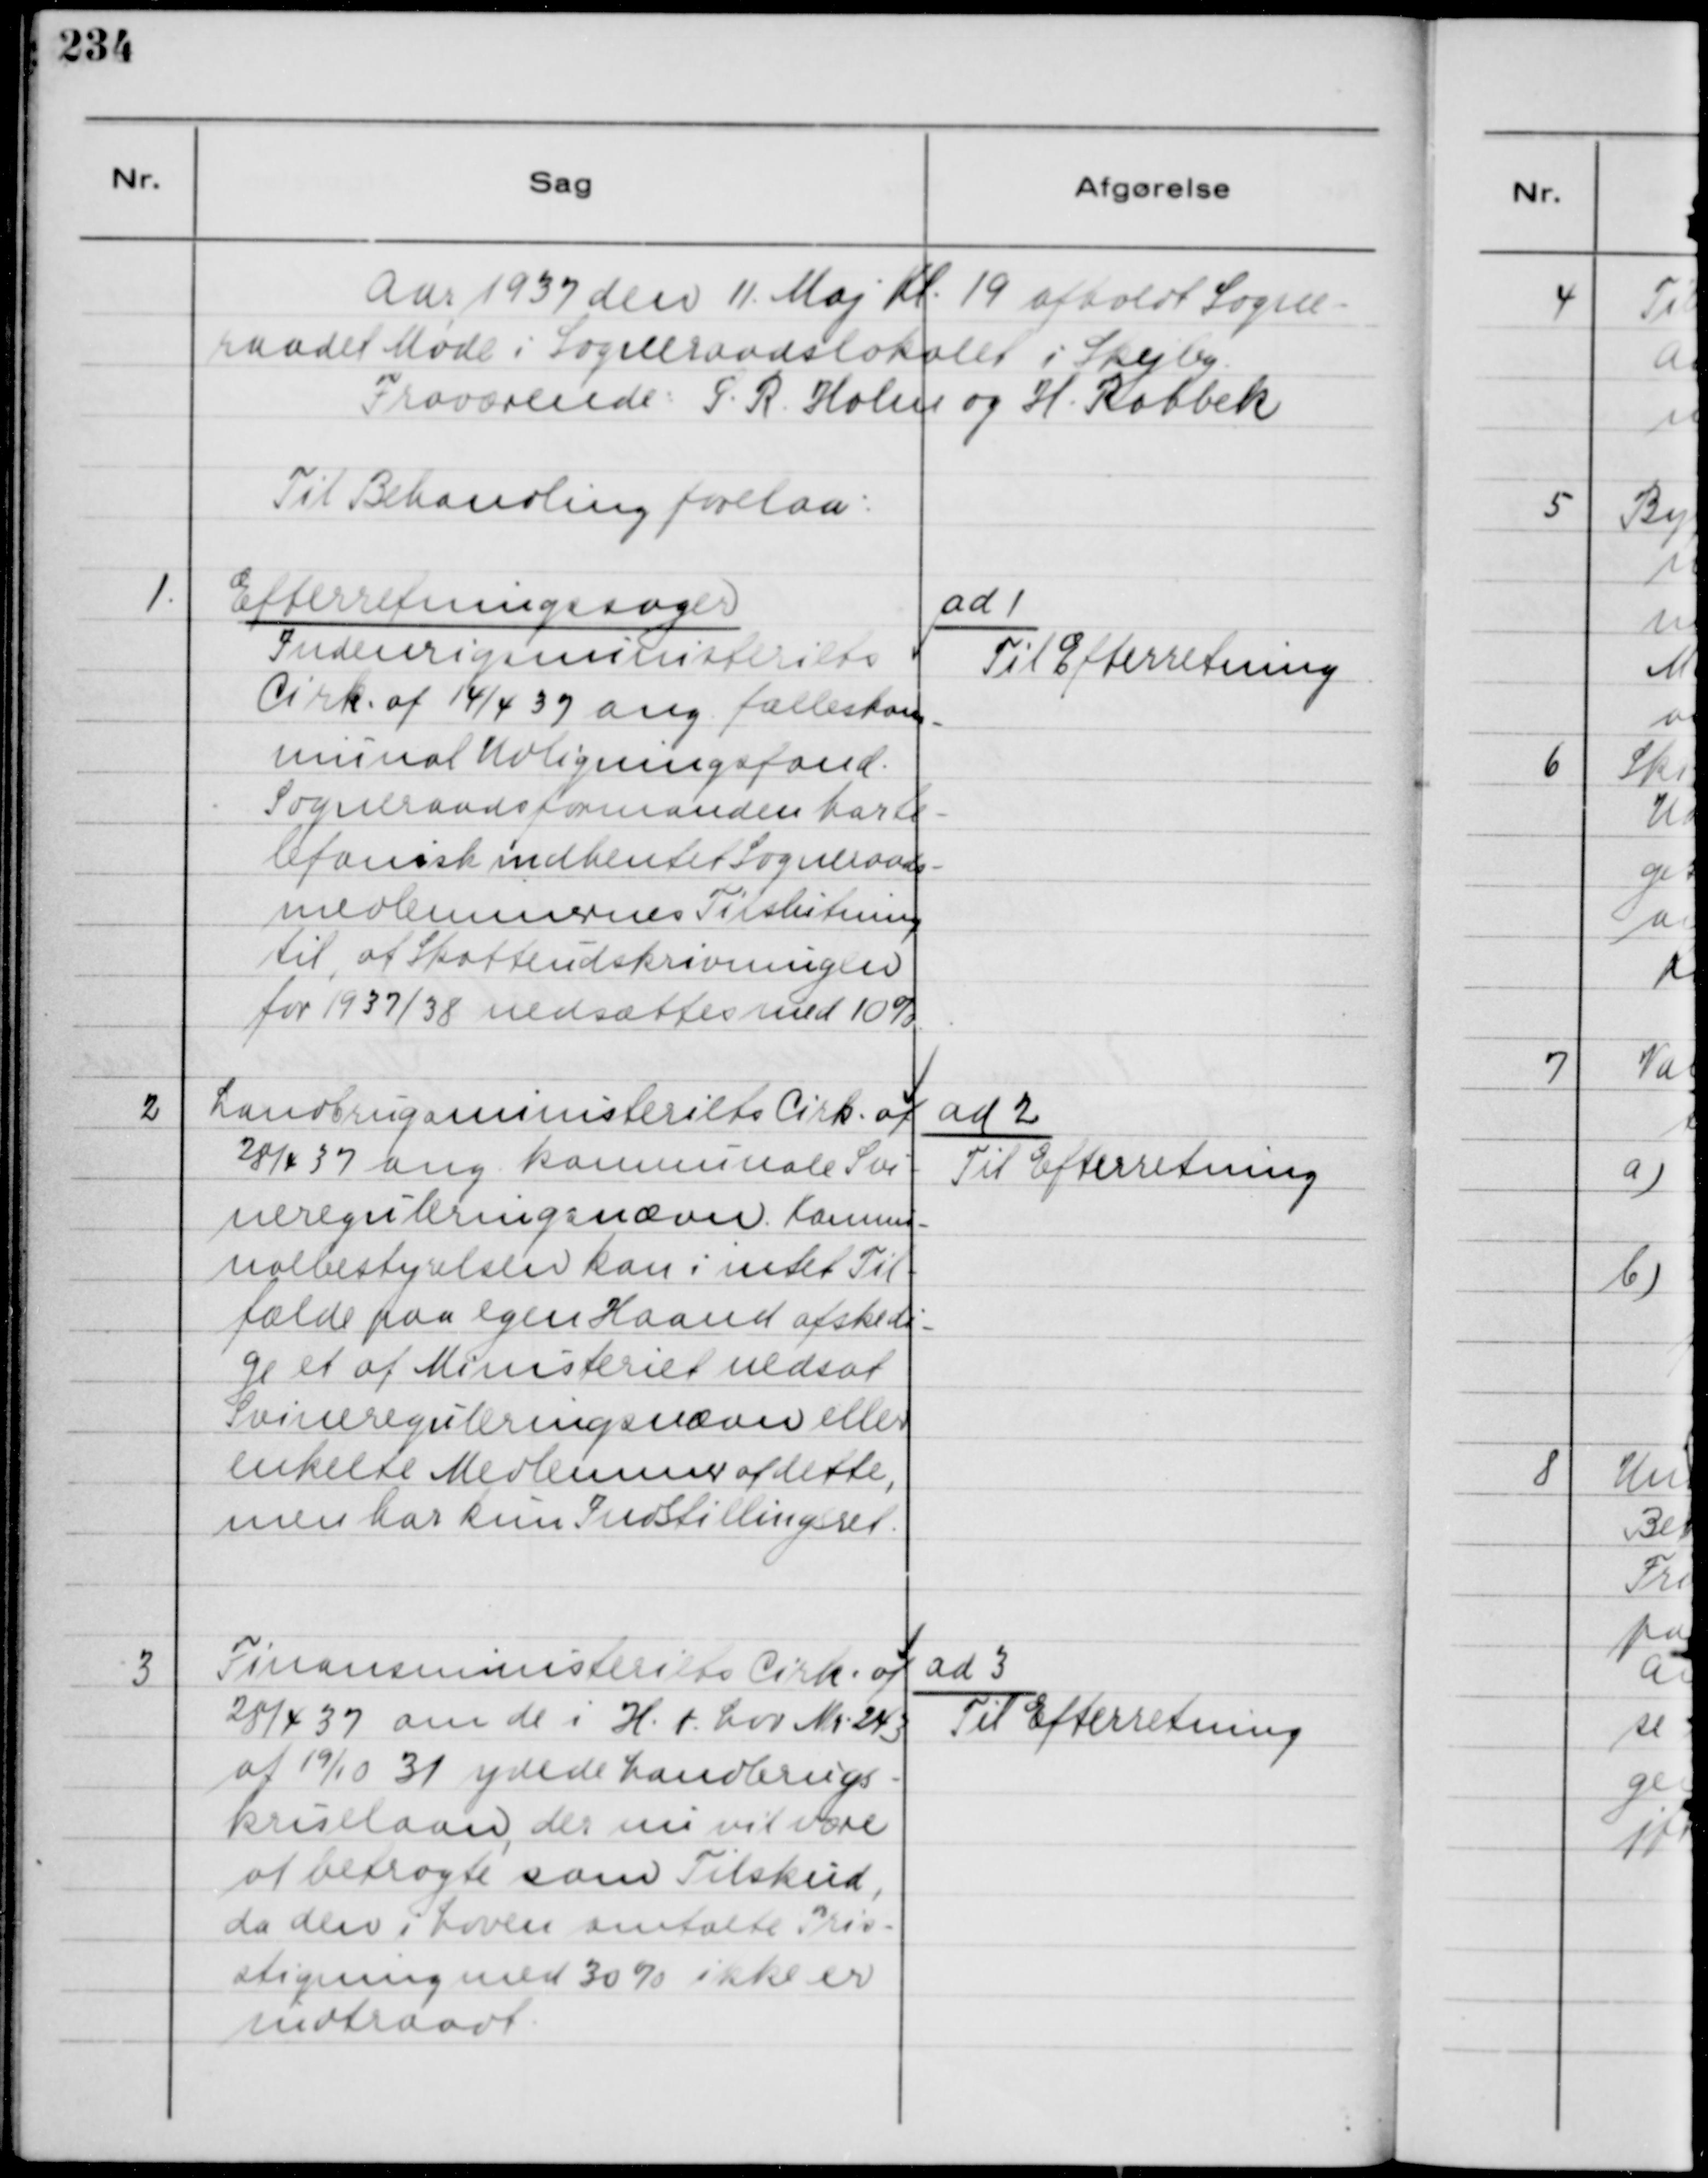
Transskription:
Aar 1937 den 11. Maj Kl. 19 afholdt Sogne-
raadet Møde i Sogneraadslokalet i Skejby.
Fraværende: S. R. Holm og H. Rahbek
Til Behandling forelaa:

1.
Efterretningssager
Indenrigsministeriets
Cirk. af 14/4 37 ang. fælleskom-
munal Udligningsfond.
Sogneraadsformanden har te-
fonisk indhentet Sogneraads-
medlemmernes Tilslutning
til, at Skatteudskrivninger
for 1937/38 nedsættes med 10%

ad 1
Til Efterretning

2
Landbrugsministeriets Cirk. af
28/4 37 ang. komnunale Svi-
nereguleringsnævn. Komnu-
nalbestyrelsen kan i intet Til-
fælde paa egen Haand afskedi-
ge et af Ministeriet nedsat
Svinereguleringsnævn eller
enkelte Medlemer af dette,
men har kun Indstillingret.

ad 2
Til Efterretning.

3
Finansministeries Cirk. af
28/4 37 om de i H. t. Lov Nr. 243
af 19/10 31 ydede Landbrugs-
kriselaan, der nu vil være
at betragte som Tilskud,
da den i Loven omtalte Pris-
stigning med 30% ikke er
indtraadt.

ad 3
Til Efterretning